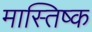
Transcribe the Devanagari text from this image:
मास्तिष्क